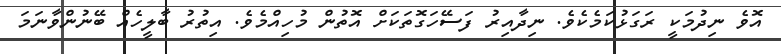
އޮވެ ނިދުމަކީ ރަގަޅުކަމެކެވެ. ނިދާއިރު ފަސޭހަގޮތަކަށް އޮތުން މުހިއްމެވެ. އިތުރު ބާލީހެއް ބޭނުންވާނަމަ